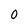
Character: 0